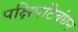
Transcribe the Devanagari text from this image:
पक्षिपटिबंधन